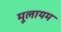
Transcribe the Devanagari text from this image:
मूलायम